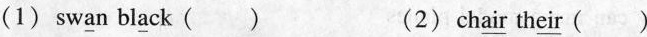
(1)sw\underline{a}n bl\underline{a}ck ( ) (2)ch\underline{air} th\underline{eir}()